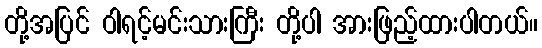
တို့အပြင် ဝါရင့်မင်းသားကြီး တို့ပါ အားဖြည့်ထားပါတယ်။